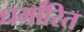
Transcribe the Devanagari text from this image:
धर्मांरित